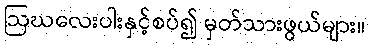
ဩဃလေးပါးနှင့်စပ်၍ မှတ်သားဖွယ်များ။